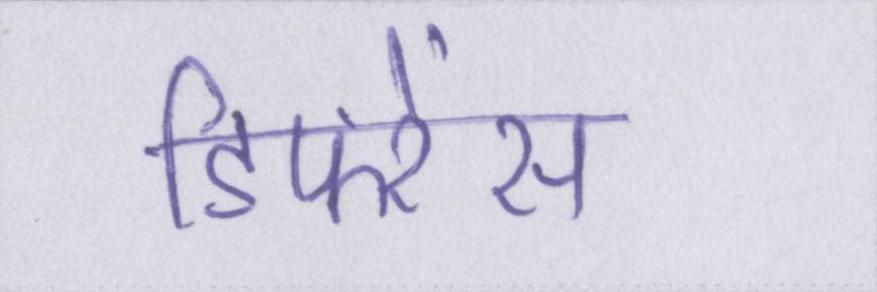
डिफरेंस